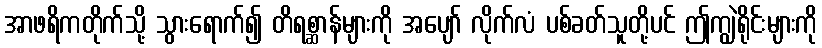
အာဖရိကတိုက်သို့ သွားရောက်၍ တိရစ္ဆာန်များကို အပျော် လိုက်လံ ပစ်ခတ်သူတို့ပင် ဤကျွဲရိုင်းများကို